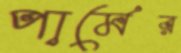
পার্মের